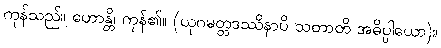
ကုန်သည်။ ဟောန္တိ၊ ကုန်၏။ (ယုဂမတ္တဒဿိနာပိ သတာတိ အဓိပ္ပါယော)။